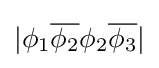
|\phi _{1}{\overline {\phi _{2}}}\phi _{2}{\overline {\phi _{3}}}|